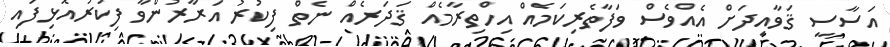
އަސާސީ ޤަވާއިދަށް އެއްވެސް ވަފާތެރިކަމެއް އިހްތިރާމެއް ޤަދަރެއް ނެތް ފިކުރު އަރާރުންވާ ފިކުރުއޮޅިފައި